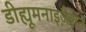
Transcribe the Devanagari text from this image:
डीह्यूमनाइज़ेशन